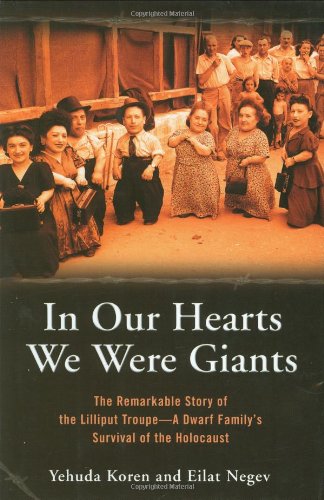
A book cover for In Our Hearts We Were Giants: The Remarkable Story of the Lilliput Troupe--A Dwarf Family's Survival of the Holocaust; Yehuda Koren; Biographies & Memoirs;